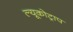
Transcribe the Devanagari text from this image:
ल्यूकोट्राप